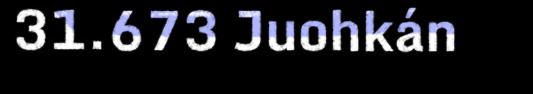
31.673 Juohkán